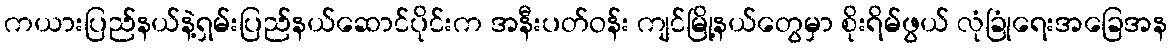
ကယားပြည်နယ်နဲ့ရှမ်းပြည်နယ်ဆောင်ပိုင်းက အနီးပတ်ဝန်း ကျင်မြို့နယ်တွေမှာ စိုးရိမ်ဖွယ် လုံခြုံရေးအခြေအန